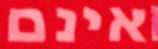
אינם